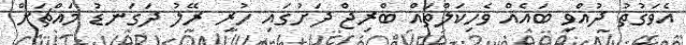
އެވަގުތު ދުއްވި ބައެއް ވެހިކަލްތައް ބްރިޖް ދަށުގައި ހުރި ރޭލު ދަގަނޑު މައްޗަށް